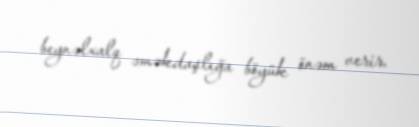
beynəlxalq əməkdaşlığa böyük önəm verir.